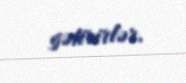
gətirirlər.